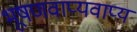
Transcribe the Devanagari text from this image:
भूषणवाप्यवाप्य